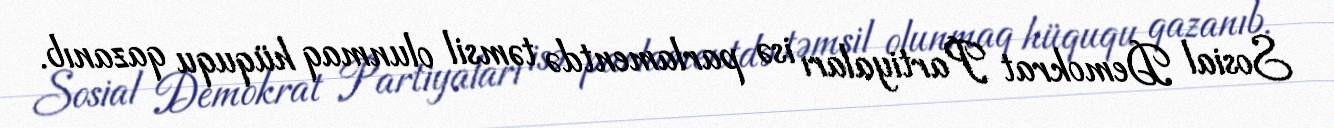
Sosial Demokrat Partiyaları isə parlamentdə təmsil olunmaq hüququ qazanıb.